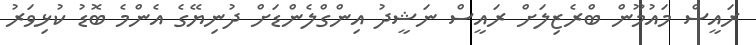
ރައީސް މައުމޫން ބްރެޒިލަށް ރައީސް ނަޝީދު އިންގްލެންޑަށް ދުނިޔޭގެ އެންމެ ބޮޑު ކުޅިވަރު